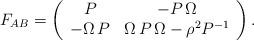
LaTeX: \begin{align*}F_{AB}=\left( \begin{array}{ccc}P & -P\,\Omega\\-\Omega \,P&\Omega \,P\, \Omega -\rho^2 P^{-1}\\\end{array} \right).\end{align*}